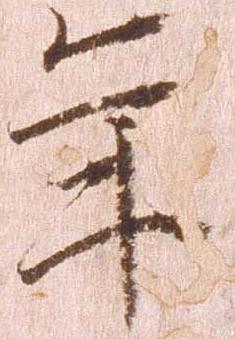
年